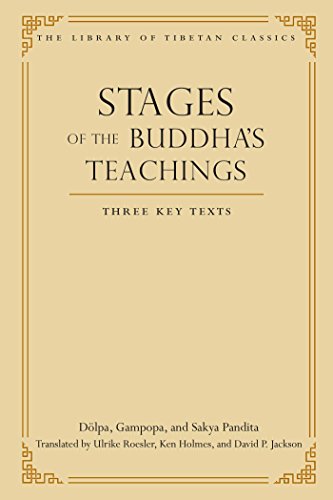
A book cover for Stages of the Buddha's Teachings: Three Key Texts (Library of Tibetan Classics); Dolpa; Religion & Spirituality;